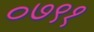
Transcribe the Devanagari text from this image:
०७९१